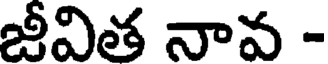
జీవిత నావ -